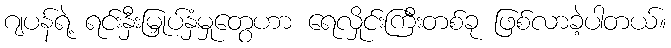
ဂျပန်ရဲ့ ရင်းနှီးမြှုပ်နှံမှုတွေဟာ ရေလှိုင်းကြီးတစ်ခု ဖြစ်လာခဲ့ပါတယ်။